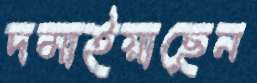
দমাইয়াছেন